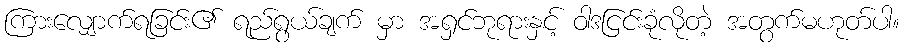
ကြားလျှောက်ရခြင်း၏ ရည်ရွယ်ချက် မှာ အရှင်ဘုရားနှင့် ဝါဒငြင်းခုံလိုတဲ့ အတွက်မဟုတ်ပါ။